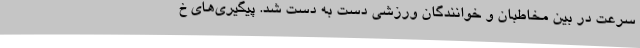
سرعت در بین مخاطبان و خوانندگان ورزشی دست به دست شد. پیگیری‌های خ